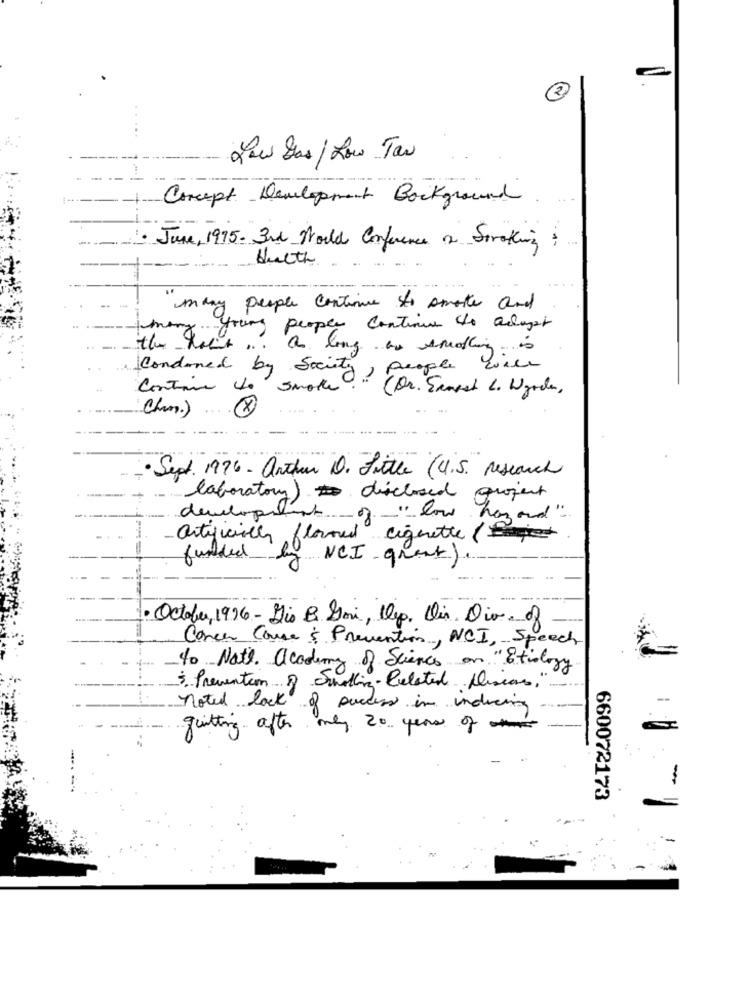
2
....
You Das / Low Taw
--
Concept Development Background
1. June, 1995 - 3rd World Conference & Stroking
Hulth
many people continue to smoke and
young people continue the adayst
the hour ... as long as snothing is
Condoned by Society, people will
Contains the smoke ..??
(Dr. Exnest L . Worden ,
Chan.)
(X)
Sept. 1976 - Arthur D. Little (U.S. Research
laboratory) disclosed project
development of " low hazard"
artificially flowand lighette (
funded be
NCI grant)
· October, 1996-His B Gai, Dep. Dir. Div. of
Concer Come & Prevention, NCI, Speech
to Note. academy of Sciences on "Etiology
3. Prevention of Smoking-Related Disease,"
--
noted lock of success in inducing
quitting after may 20 years of
-
660072173